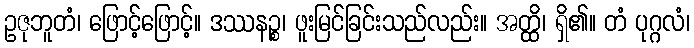
ဥဇုဘူတံ၊ ဖြောင့်ဖြောင့်။ ဒဿနဉ္စ၊ ဖူးမြင်ခြင်းသည်လည်း။ အတ္ထိ၊ ရှိ၏။ တံ ပုဂ္ဂလံ၊